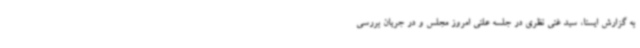
به گزارش ایسنا، سید غنی نظری در جلسه علنی امروز مجلس و در جریان بررسی